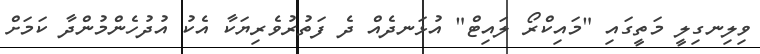
ވިލިނގިލީ މަތީގައި "މައިކްރޯ ލައިޓް" އުޅަނދެއް ދެ ފަތުރުވެރިޔަކާ އެކު އުދުހެންމުންދާ ކަމަށް